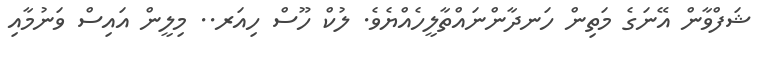
ޝަފްވާން އޭނަގެ މަތިން ހަނދާންނައްތާލީހެއްޔެވެ. ލުކް ހޫސް ހިއަރ.. މިލީން އައިސް ވަނުމާއި